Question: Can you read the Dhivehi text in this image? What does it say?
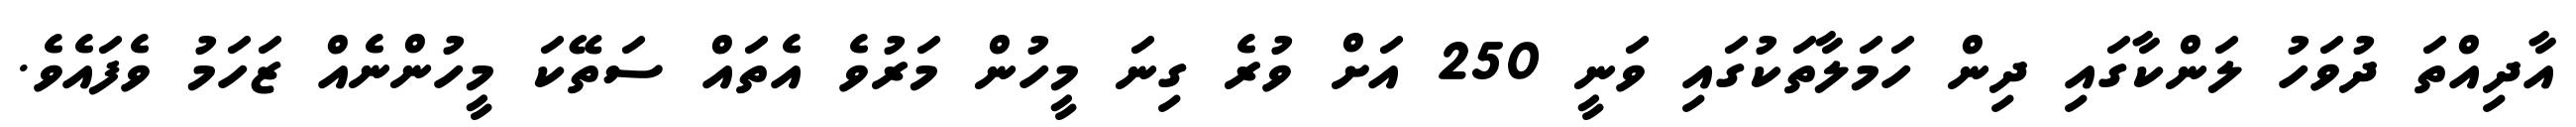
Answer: އާދިއްތަ ދުވަހު ލަންކާގައި ދިން ހަމަލާތަކުގައި ވަނީ 250 އަށް ވުރެ ގިނަ މީހުން މަރުވެ އެތައް ސަތޭކަ މީހުންނެއް ޒަހަމު ވެފައެވެ.